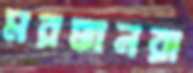
মরক্কানরা